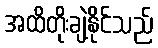
အထိတိုးချဲ့နိုင်သည်